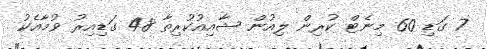
7 ގަޑި 60 މިނެޓް ކުރިން ލިއުން ޝާއިއުކުރިތާ 48 ގަޑިއިރު ވުމާއެކު